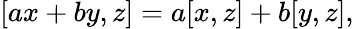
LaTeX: [ax+by,z]=a[x,z]+b[y,z],